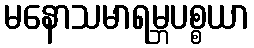
မနောသမာရမ္ဘပစ္စယာ